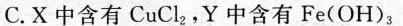
C.X 中含有CuCl_{2},Y中含有Fe(OH)_{3}